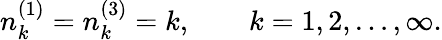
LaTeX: n_{k}^{(1)}=n_{k}^{(3)}=k,\qquad k=1,2,\ldots,\infty.